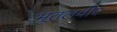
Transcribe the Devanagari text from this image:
भूतलवीर